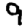
Digit: 9